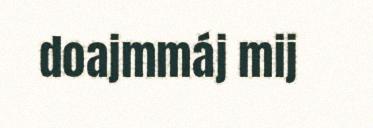
doajmmáj mij